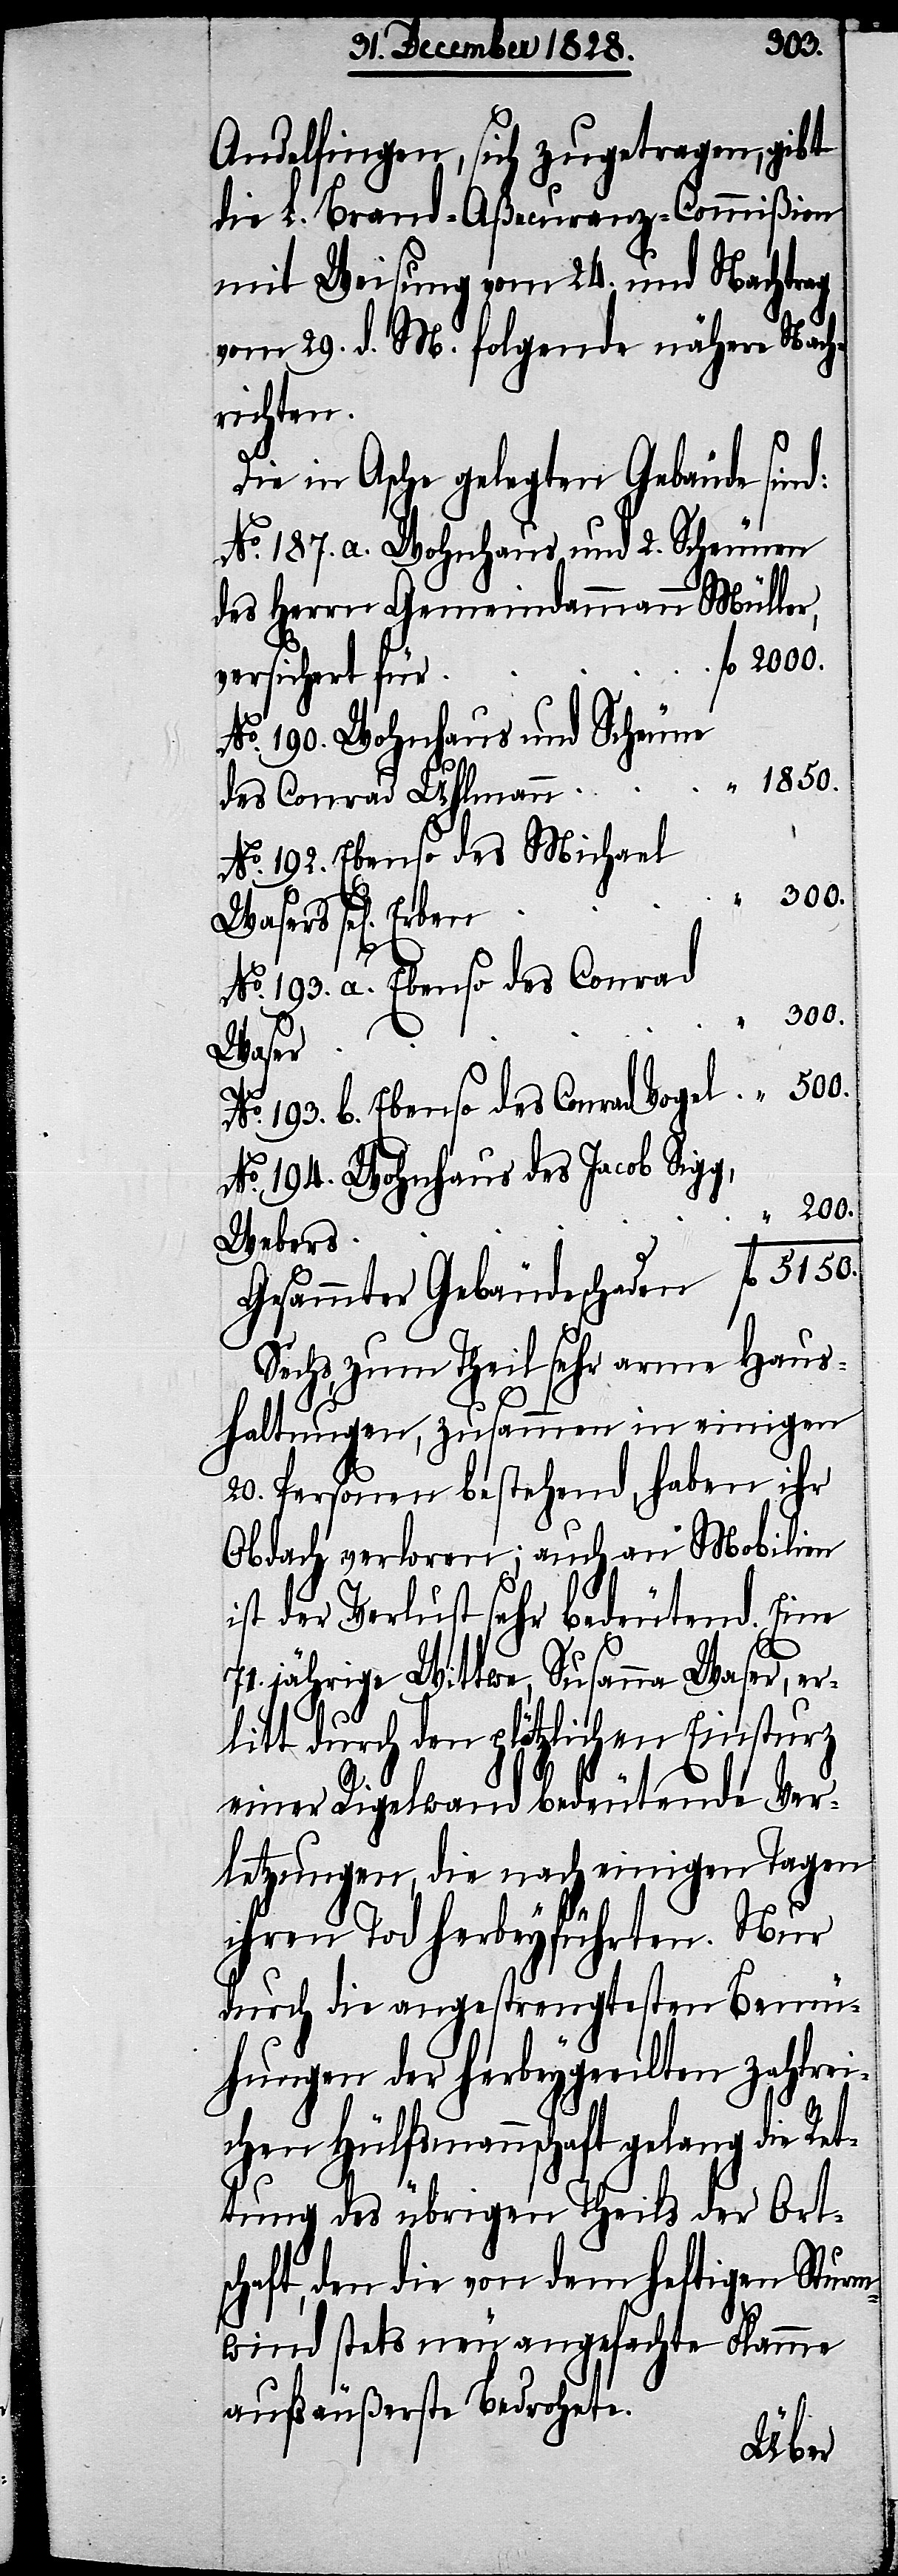
5150.
Andelfingen, sich zugetragen, gibt
die L. Brand-Aßecuranz-Commißion
mit Weisung vom 24. und Nachtrag
vom 29. d. M. folgende nähere Nach¬
richten:
Die in Asche gelegten Gebäude sind:
No. 187. a. Wohnhaus und 2. Scheunen
des Herrn Gemeindammann Müller,
versichert für
No. 190. Wohnhaus und Scheune
1850.
des Conrad Uhlmann
No. 192. Ebenso des Michael
No. 193. b. Ebenso des Conrad
200.
Waser
No. 194. Wohnhaus des Jacob Sigg,
Webers
Gesammter Gebäudeschaden
Sechs, zum Theil sehr arme Haus¬
haltungen, zusammen in einigen
20. Personen bestehend, haben ihr
Obdach verloren; auch an Mobilien
ist der Verlust sehr bedeutend. Eine
71. jährige Wittwe, Susanna Waser, er¬
litt durch den plötzlichen Einsturz
fl.
einer Rigelwand bedeutende Ver¬
letzungen, die nach einigen Tagen
ihren Tod herbeygeführten. Nur
durch die angestrengtesten Bemü¬
hungen der herbeygeeilten zahlrei¬
chen Hülfsmannschaft gelang die Ret¬
tung des übrigen Theils der Orts¬
chaft, den die von dem heftigen Sturm¬
wind stets neu angefachte Flamme
aufs äußerste bedrohte.
Erben